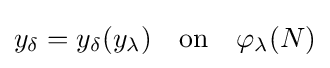
y_{\delta }=y_{\delta }(y_{\lambda })\quad {\text{on}}\quad \varphi _{\lambda }(N)